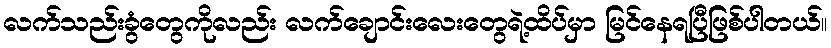
လက်သည်းခွံတွေကိုလည်း လက်ချောင်းလေးတွေရဲ့ထိပ်မှာ မြင်နေရပြီဖြစ်ပါတယ်။